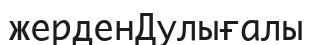
жерденДулығалы